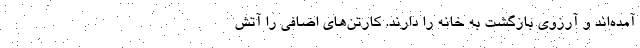
آمده‌اند و آرزوی بازگشت به خانه را دارند. کارتن‌های اضافی را آتش